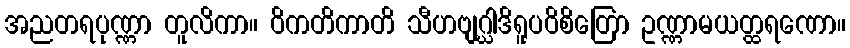
အညတရပုဏ္ဏာ တူလိကာ။ ဝိကတိကာတိ သီဟဗျဂ္ဃါဒိရူပဝိစိတြော ဥဏ္ဏာမယတ္ထရဏော။